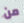
من